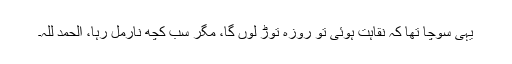
یہی سوچا تھا کہ نقاہت ہوئی تو روزہ توڑ لوں گا، مگر سب کچھ نارمل رہا، الحمد للہ۔